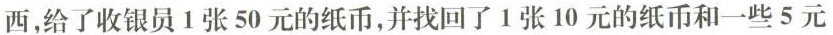
西，给了收银员1张50元的纸币，并找回了1张10元的纸币和一些5元